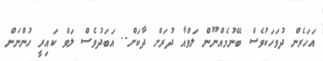
އަހަރެން ދުވަހަކުވެސް ބޭނުމެއްނޫން ލަވްއާ ދުރަށް ދާކަށް.. އަބަދުވެސް ލަވް ކައިރީ ހުންނަން